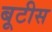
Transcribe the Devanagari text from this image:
बूटीस